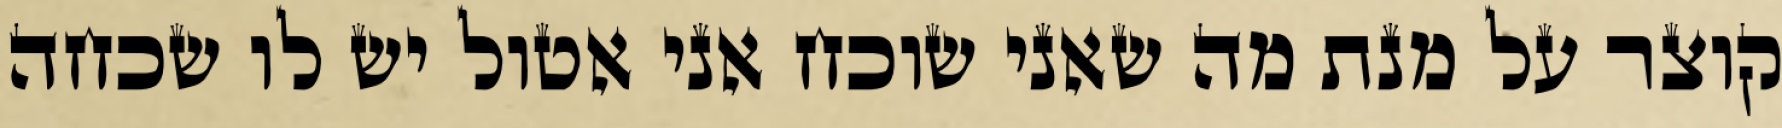
קוצר על מנת מה שאני שוכח אני אטול יש לו שכחה